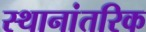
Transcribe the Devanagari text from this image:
स्थानांतरिक